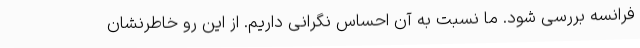
فرانسه بررسی شود. ما نسبت به آن احساس نگرانی داریم. از این رو خاطرنشان